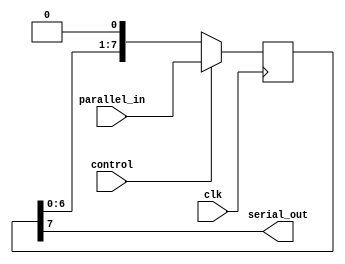
module parallel_in_serial_out (
    input wire clk,
    input wire control,
    input wire [7:0] parallel_in,
    output reg serial_out
);

reg [7:0] data_reg;

always @ (posedge clk) begin
    if (control) begin
        data_reg <= parallel_in;
    end else begin
        data_reg <= {data_reg[6:0], 1'b0};
    end
end

assign serial_out = data_reg[7];

endmodule